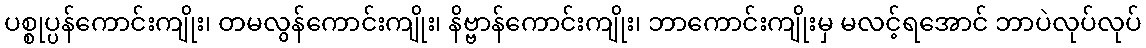
ပစ္စုပ္ပန်ကောင်းကျိုး၊ တမလွန်ကောင်းကျိုး၊ နိဗ္ဗာန်ကောင်းကျိုး၊ ဘာကောင်းကျိုးမှ မလင့်ရအောင် ဘာပဲလုပ်လုပ်